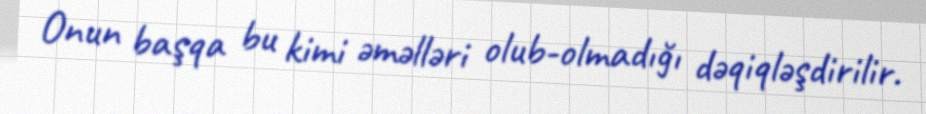
Onun başqa bu kimi əməlləri olub-olmadığı dəqiqləşdirilir.